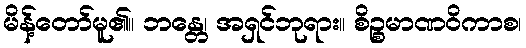
မိန့်တော်မူ၏။ ဘန္တေ၊ အရှင်ဘုရား။ စိဉ္စမာဏဝိကာစ၊